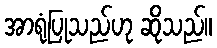
အာရုံပြုသည်ဟု ဆိုသည်။